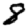
Digit: 8